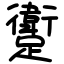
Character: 躗